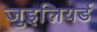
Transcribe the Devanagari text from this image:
जुइलियर्ड